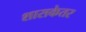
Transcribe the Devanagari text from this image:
शासकेतर